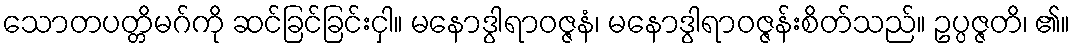
သောတပတ္တိမဂ်ကို ဆင်ခြင်ခြင်းငှါ။ မနောဒွါရာဝဇ္ဇနံ၊ မနောဒွါရာဝဇ္ဇန်းစိတ်သည်။ ဥပ္ပဇ္ဇတိ၊ ၏။